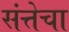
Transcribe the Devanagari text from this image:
संत्तेचा